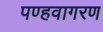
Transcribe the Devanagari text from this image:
पण्हवागरण